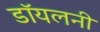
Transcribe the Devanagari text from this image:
डॉयलनी